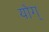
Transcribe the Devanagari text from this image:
योग्‌